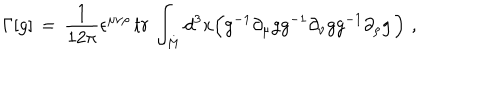
\Gamma [ g ] \, = \, { \frac { 1 } { 1 2 \pi } } \epsilon ^ { \mu \nu \rho } \, t r \, \int _ { M } d ^ { 3 } x \Big ( g ^ { - 1 } \partial _ { \mu } g g ^ { - 1 } \partial _ { \nu } g g ^ { - 1 } \partial _ { \rho } g \, \Big ) \, \, ,